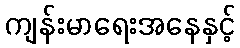
ကျန်းမာရေးအနေနှင့်